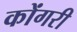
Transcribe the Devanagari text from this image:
कोंगरी